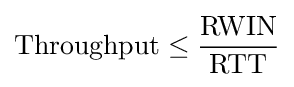
\mathrm {Throughput} \leq {\frac {\mathrm {RWIN} }{\mathrm {RTT} }}